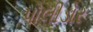
પોલીડોર